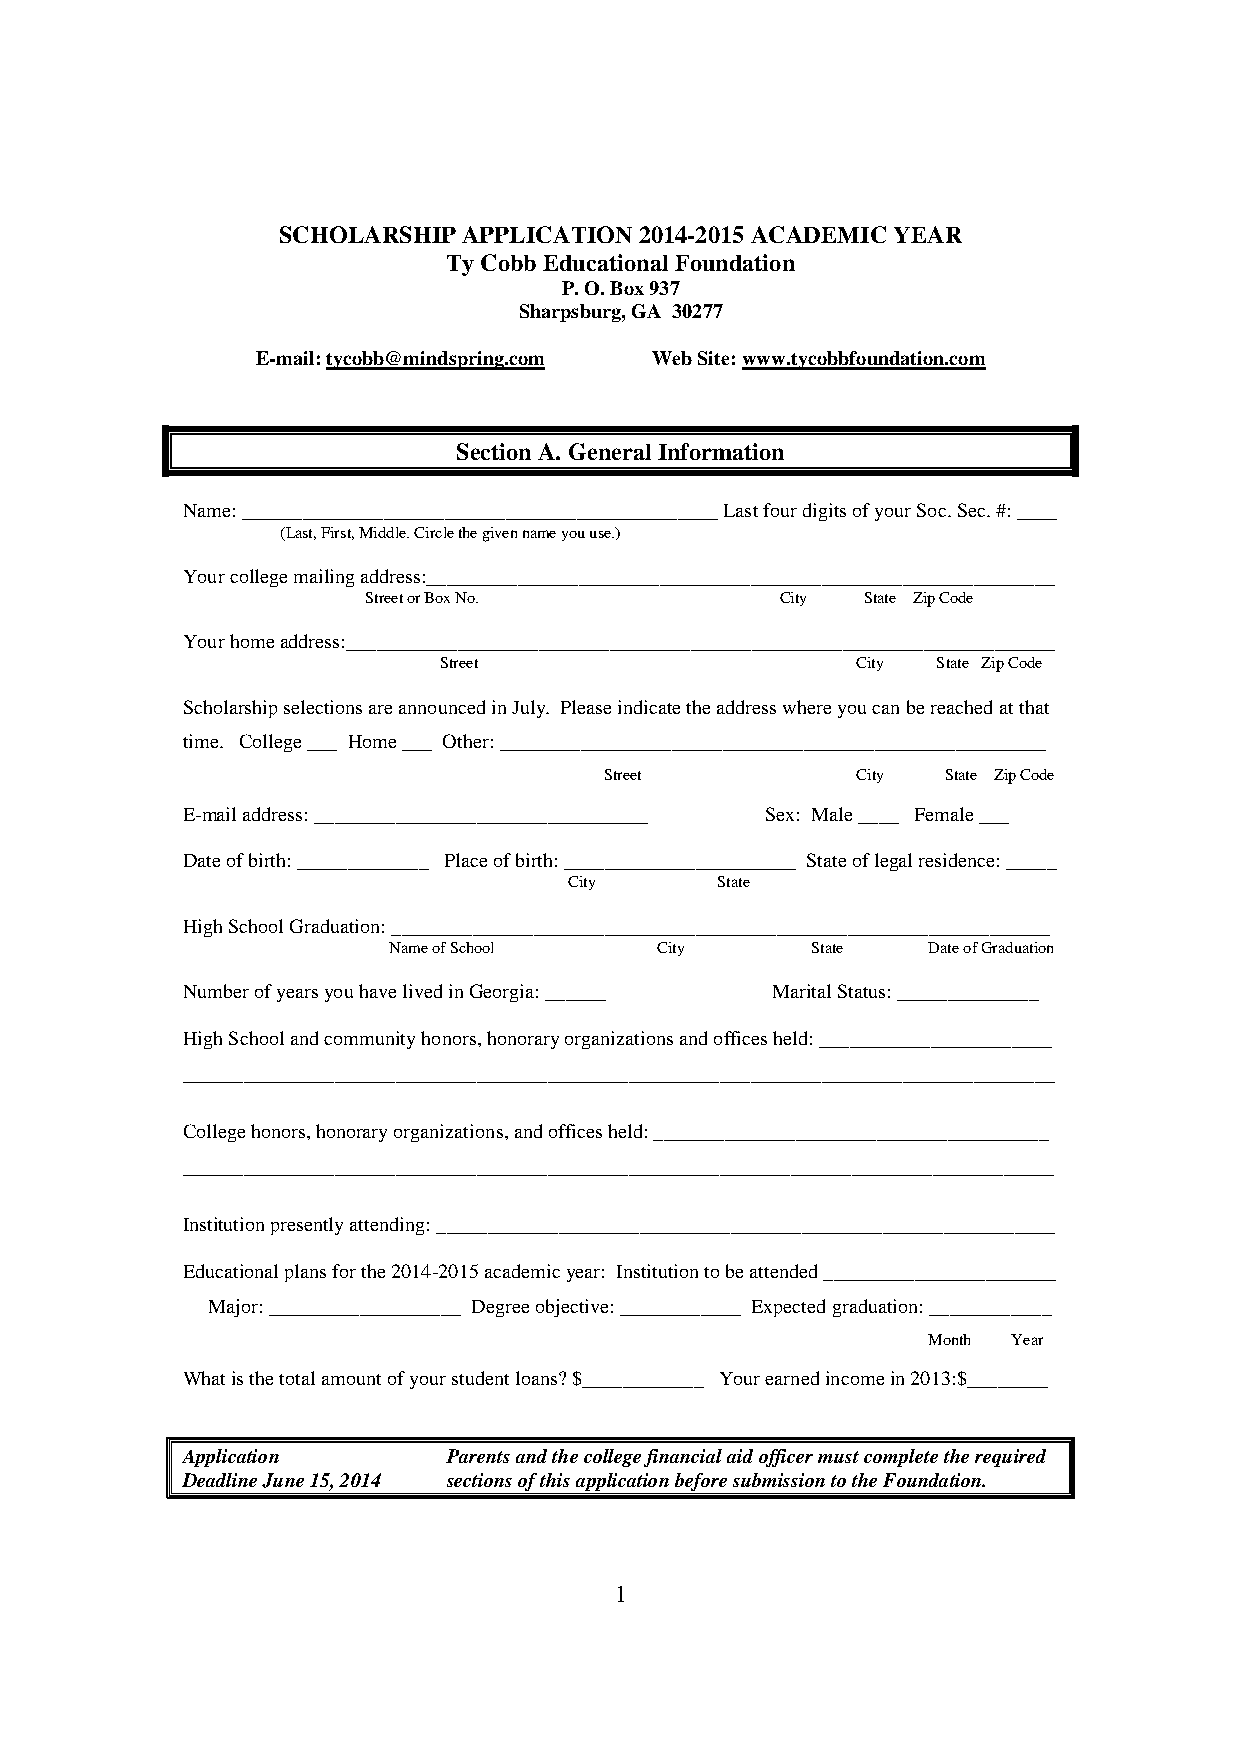
SCHOLARSHIPAPPLICATION2014-2015 ACADEMICYEAR
 TyCobbEducationalFoundation
 P.O.Box937
 Sharpsburg,GA 30277
 E-mail:tycobb@mindspring.com WebSite:www.tycobbfoundation.com
 SectionA. GeneralInformation
 Name:_______________________________________________LastfourdigitsofyourSoc.Sec.#:____
 (Last,First,Middle.Circlethegivennameyouuse.)
 Yourcollegemailingaddress:______________________________________________________________
 StreetorBoxNo.              City State ZipCode
 Yourhomeaddress:______________________________________________________________________
 Street                      City State ZipCode
 ScholarshipselectionsareannouncedinJuly. Pleaseindicatetheaddresswhereyoucanbereachedatthat
 time. College___ Home___ Other:______________________________________________________
 Street           City  State ZipCode
 E-mailaddress:_________________________________ Sex: Male____ Female___
 Dateofbirth:_____________ Placeofbirth:_______________________ Stateoflegalresidence:_____
 City     State
 HighSchoolGraduation:_________________________________________________________________
 NameofSchool     City       State  DateofGraduation
 NumberofyearsyouhavelivedinGeorgia:______ MaritalStatus:______________
 HighSchoolandcommunityhonors,honoraryorganizationsandofficesheld:_______________________
 ______________________________________________________________________________________
 Collegehonors,honoraryorganizations,andofficesheld:_______________________________________
 ______________________________________________________________________________________
 Institutionpresentlyattending:_____________________________________________________________
 Educationalplansforthe2014-2015academicyear: Institutiontobeattended_______________________
 Major:___________________ Degreeobjective:____________ Expectedgraduation:____________
 Month Year
 Whatisthetotalamountofyourstudentloans?$____________ Yourearnedincomein2013:$________
 Application       Parentsandthecollegefinancialaidofficermustcompletetherequired
 DeadlineJune15,2014 sectionsofthisapplicationbeforesubmissiontotheFoundation.
 1